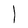
Character: l